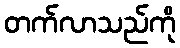
တက်လာသည်ကို